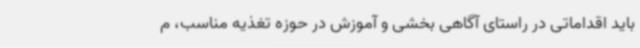
باید اقداماتی در راستای آگاهی بخشی و آموزش در حوزه تغذیه مناسب، م